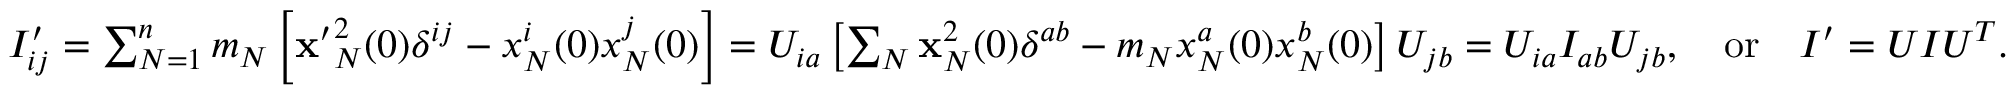
\begin{array} { r } { I _ { i j } ^ { \prime } = \sum _ { N = 1 } ^ { n } m _ { N } \left[ { \bf x ^ { \prime } } _ { N } ^ { 2 } ( 0 ) \delta ^ { i j } - x _ { N } ^ { i } ( 0 ) x _ { N } ^ { j } ( 0 ) \right] = U _ { i a } \left[ \sum _ { N } { \bf x } _ { N } ^ { 2 } ( 0 ) \delta ^ { a b } - m _ { N } x _ { N } ^ { a } ( 0 ) x _ { N } ^ { b } ( 0 ) \right] U _ { j b } = U _ { i a } I _ { a b } U _ { j b } , \quad \mathrm { o r } \quad I ^ { \prime } = U I U ^ { T } . \quad } \end{array}